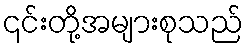
၎င်းတို့အများစုသည်